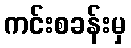
ကင်းစခန်းမှ